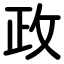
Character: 政